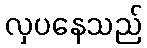
လှပနေသည်